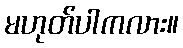
မဟုတ်ပါကလား။